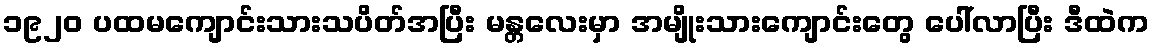
၁၉၂၀ ပထမကျောင်းသားသပိတ်အပြီး မန္တလေးမှာ အမျိုးသားကျောင်းတွေ ပေါ်လာပြီး ဒီထဲက